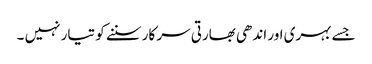
جسے بہری اور اندھی بھارتی سر کار سننے کو تیار نہیں ۔